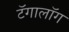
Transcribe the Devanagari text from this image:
टॅगालॉग